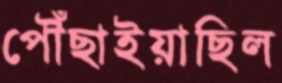
পৌঁছাইয়াছিল